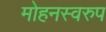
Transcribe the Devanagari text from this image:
मोहनस्वरुप